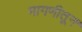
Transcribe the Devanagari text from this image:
मागणीतून